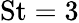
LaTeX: \mathrm{St}=3